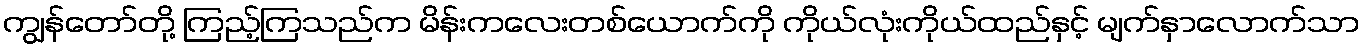
ကျွန်တော်တို့ ကြည့်ကြသည်က မိန်းကလေးတစ်ယောက်ကို ကိုယ်လုံးကိုယ်ထည်နှင့် မျက်နှာလောက်သာ